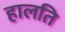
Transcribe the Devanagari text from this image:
हालति